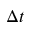
\Delta t